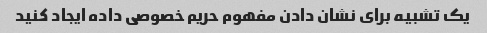
یک تشبیه برای نشان دادن مفهوم حریم خصوصی داده ایجاد کنید